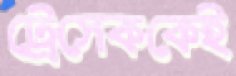
ট্রেসেককেই